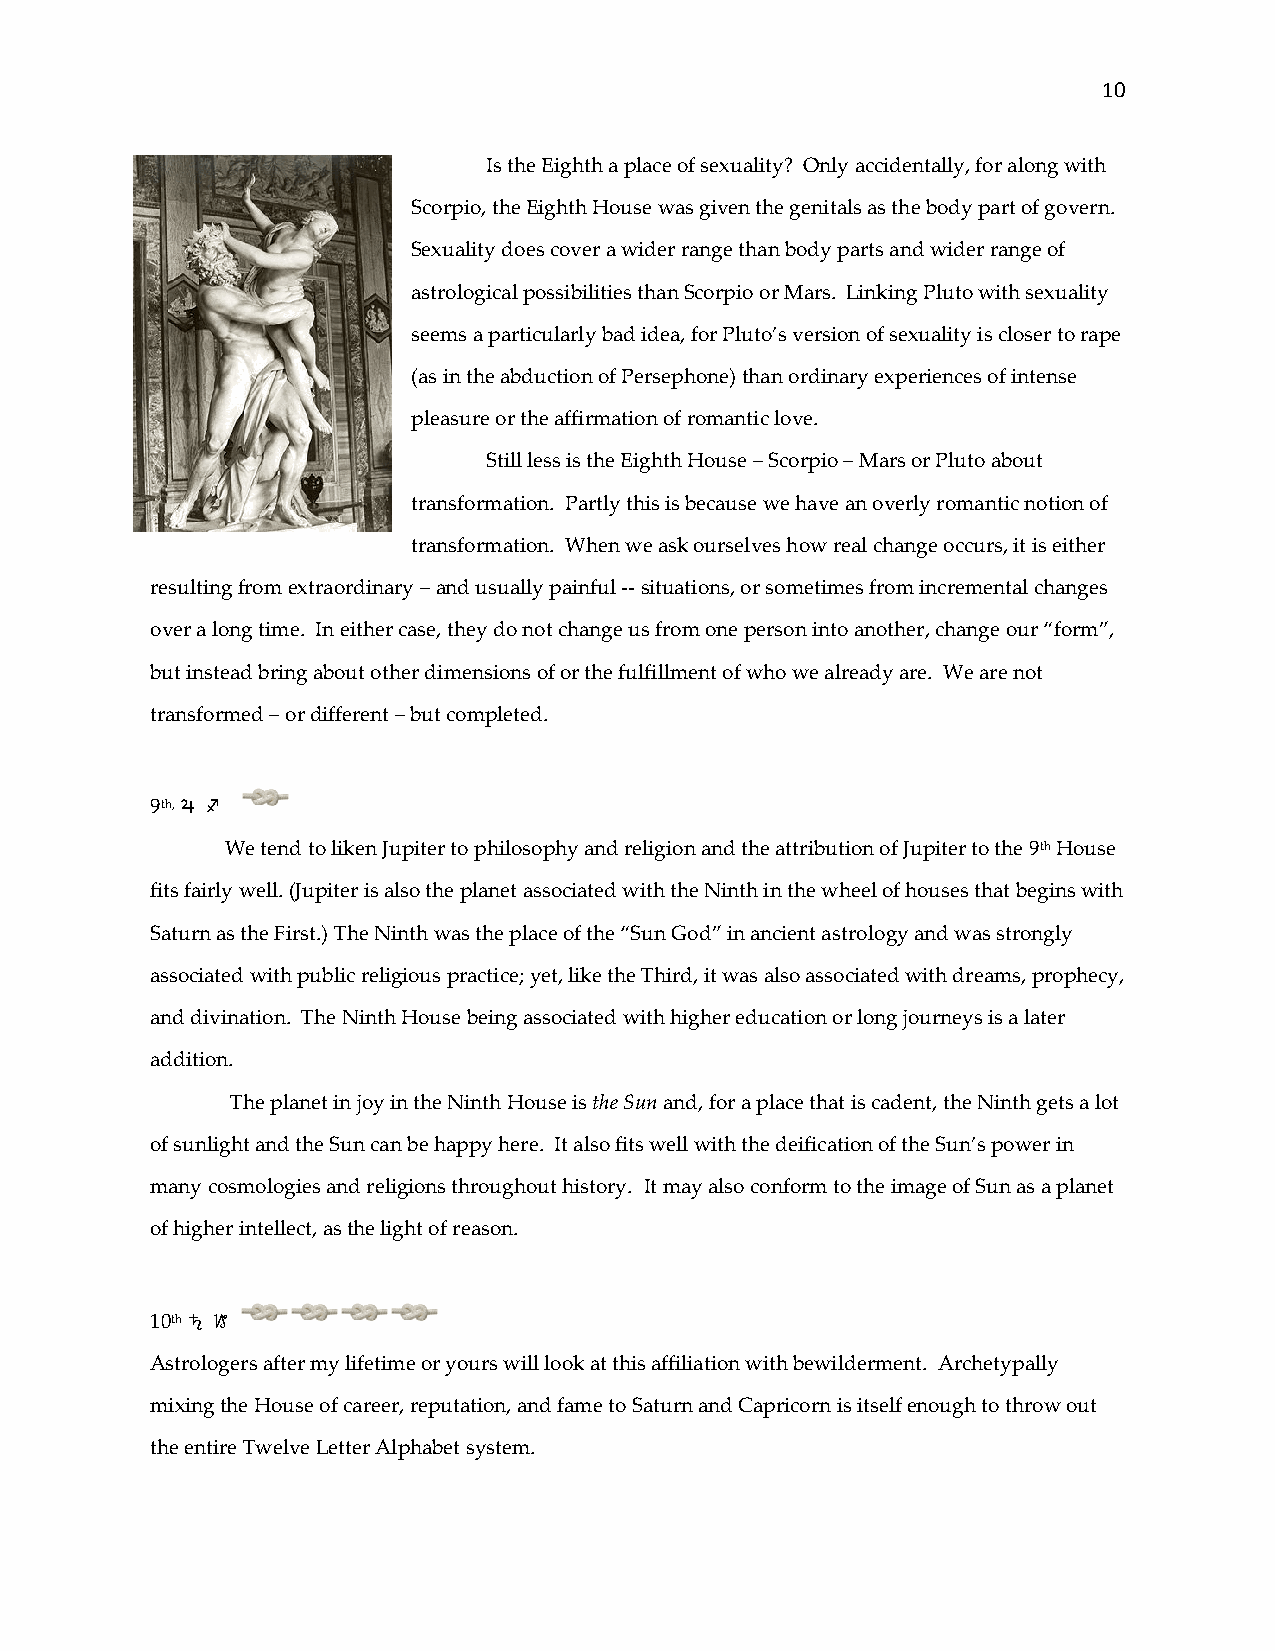
10
 Is the Eighth a place of sexuality? Only accidentally, for along with
 Scorpio, the Eighth House was given the genitals as the body part of govern.
 Sexuality does cover a wider range than body parts and wider range of
 astrological possibilities than Scorpio or Mars. Linking Pluto with sexuality
 seems a particularly bad idea, for Pluto’s version of sexuality is closer to rape
 (as in the abduction of Persephone) than ordinary experiences of intense
 pleasure or the affirmation of romantic love.
 Still less is the Eighth House – Scorpio – Mars or Pluto about
 transformation. Partly this is because we have an overly romantic notion of
 transformation. When we ask ourselves how real change occurs, it is either
 resulting from extraordinary – and usually painful -- situations, or sometimes from incremental changes
 over a long time. In either case, they do not change us from one person into another, change our “form”,
 but instead bring about other dimensions of or the fulfillment of who we already are. We are not
 transformed – or different – but completed.
 9th, h o
 We tend to liken Jupiter to philosophy and religion and the attribution of Jupiter to the 9th House
 fits fairly well. (Jupiter is also the planet associated with the Ninth in the wheel of houses that begins with
 Saturn as the First.) The Ninth was the place of the “Sun God” in ancient astrology and was strongly
 associated with public religious practice; yet, like the Third, it was also associated with dreams, prophecy,
 and divination. The Ninth House being associated with higher education or long journeys is a later
 addition.
 The planet in joy in the Ninth House is the Sun and, for a place that is cadent, the Ninth gets a lot
 of sunlight and the Sun can be happy here. It also fits well with the deification of the Sun’s power in
 many cosmologies and religions throughout history. It may also conform to the image of Sun as a planet
 of higher intellect, as the light of reason.
 10th j p
 Astrologers after my lifetime or yours will look at this affiliation with bewilderment. Archetypally
 mixing the House of career, reputation, and fame to Saturn and Capricorn is itself enough to throw out
 the entire Twelve Letter Alphabet system.